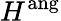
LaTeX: H^{\mathrm{ang}}